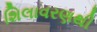
શિલાવરણથી